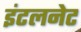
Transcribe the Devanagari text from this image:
इंटलनेट